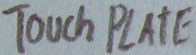
Text: TOUCH PLATE